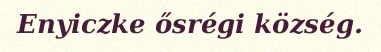
Enyiczke ősrégi község.